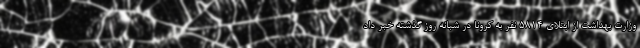
وزارت بهداشت از ابتلای ۵۸۱۴ نفر به کرونا در شبانه روز گذشته خبر داد